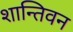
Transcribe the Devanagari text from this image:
शान्तिवन